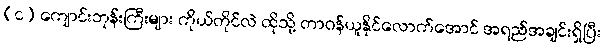
(င) ကျောင်းဘုန်းကြီးများ ကိုယ်တိုင်လဲ ထိုသို့ တာဝန်ယူနိုင်လောက်အောင် အရည်အချင်းရှိပြီး